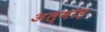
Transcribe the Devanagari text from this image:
अल्मोड़